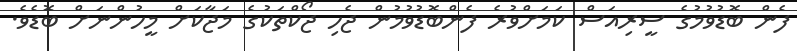
ފެން ބޮޑުވުމުގެ ސީރިއަސް ކަމަށްވުރެ ފެންބޮޑުވުމުން ޖެހި ޖޯކްތަކުގެ މަޖާކަށް މީހުންނަށް ބޮޑެވެ.